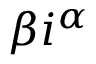
\beta i ^ { \alpha }